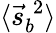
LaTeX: \langle{\vec{s}}_{b}^{\; 2}\rangle